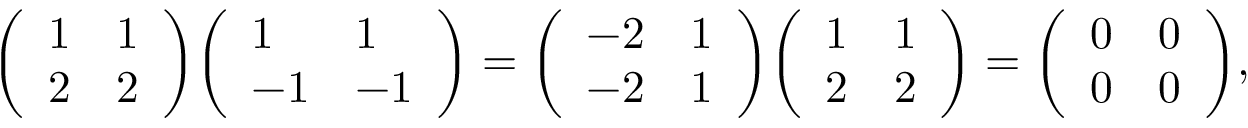
{ \left( \begin{array} { l l } { 1 } & { 1 } \\ { 2 } & { 2 } \end{array} \right) } { \left( \begin{array} { l l } { 1 } & { 1 } \\ { - 1 } & { - 1 } \end{array} \right) } = { \left( \begin{array} { l l } { - 2 } & { 1 } \\ { - 2 } & { 1 } \end{array} \right) } { \left( \begin{array} { l l } { 1 } & { 1 } \\ { 2 } & { 2 } \end{array} \right) } = { \left( \begin{array} { l l } { 0 } & { 0 } \\ { 0 } & { 0 } \end{array} \right) } ,